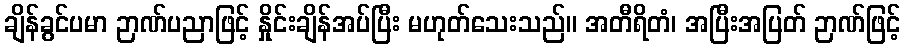
ချိန်ခွင်ပမာ ဉာဏ်ပညာဖြင့် နှိုင်းချိန်အပ်ပြီး မဟုတ်သေးသည်။ အတီရိတံ၊ အပြီးအပြတ် ဉာဏ်ဖြင့်